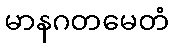
မာနဂတမေတံ